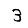
Digit: 3